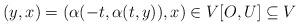
LaTeX: \begin{align*}(y,x)=(\alpha(-t, \alpha(t,y)), x) \in V[O,U] \subseteq V\end{align*}